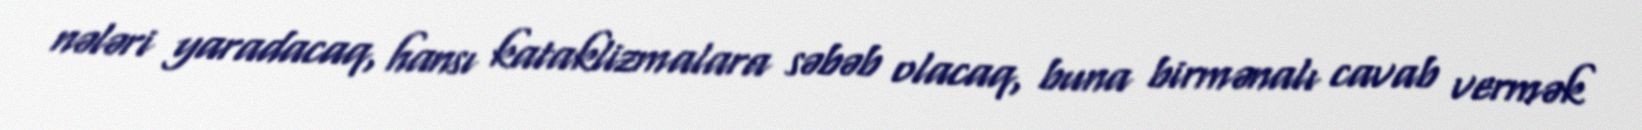
nələri yaradacaq, hansı kataklizmalara səbəb olacaq, buna birmənalı cavab vermək